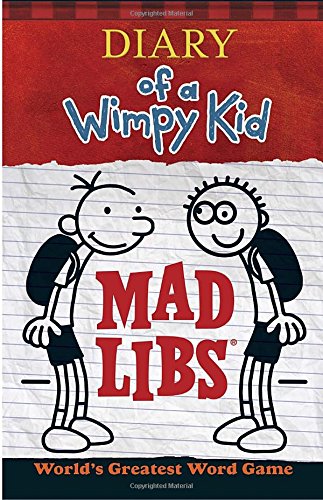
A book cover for Diary of a Wimpy Kid Mad Libs; Price Stern Sloan; Children's Books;